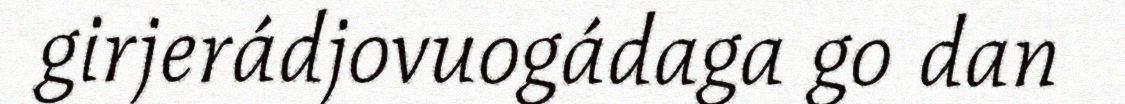
girjerádjovuogádaga go dan